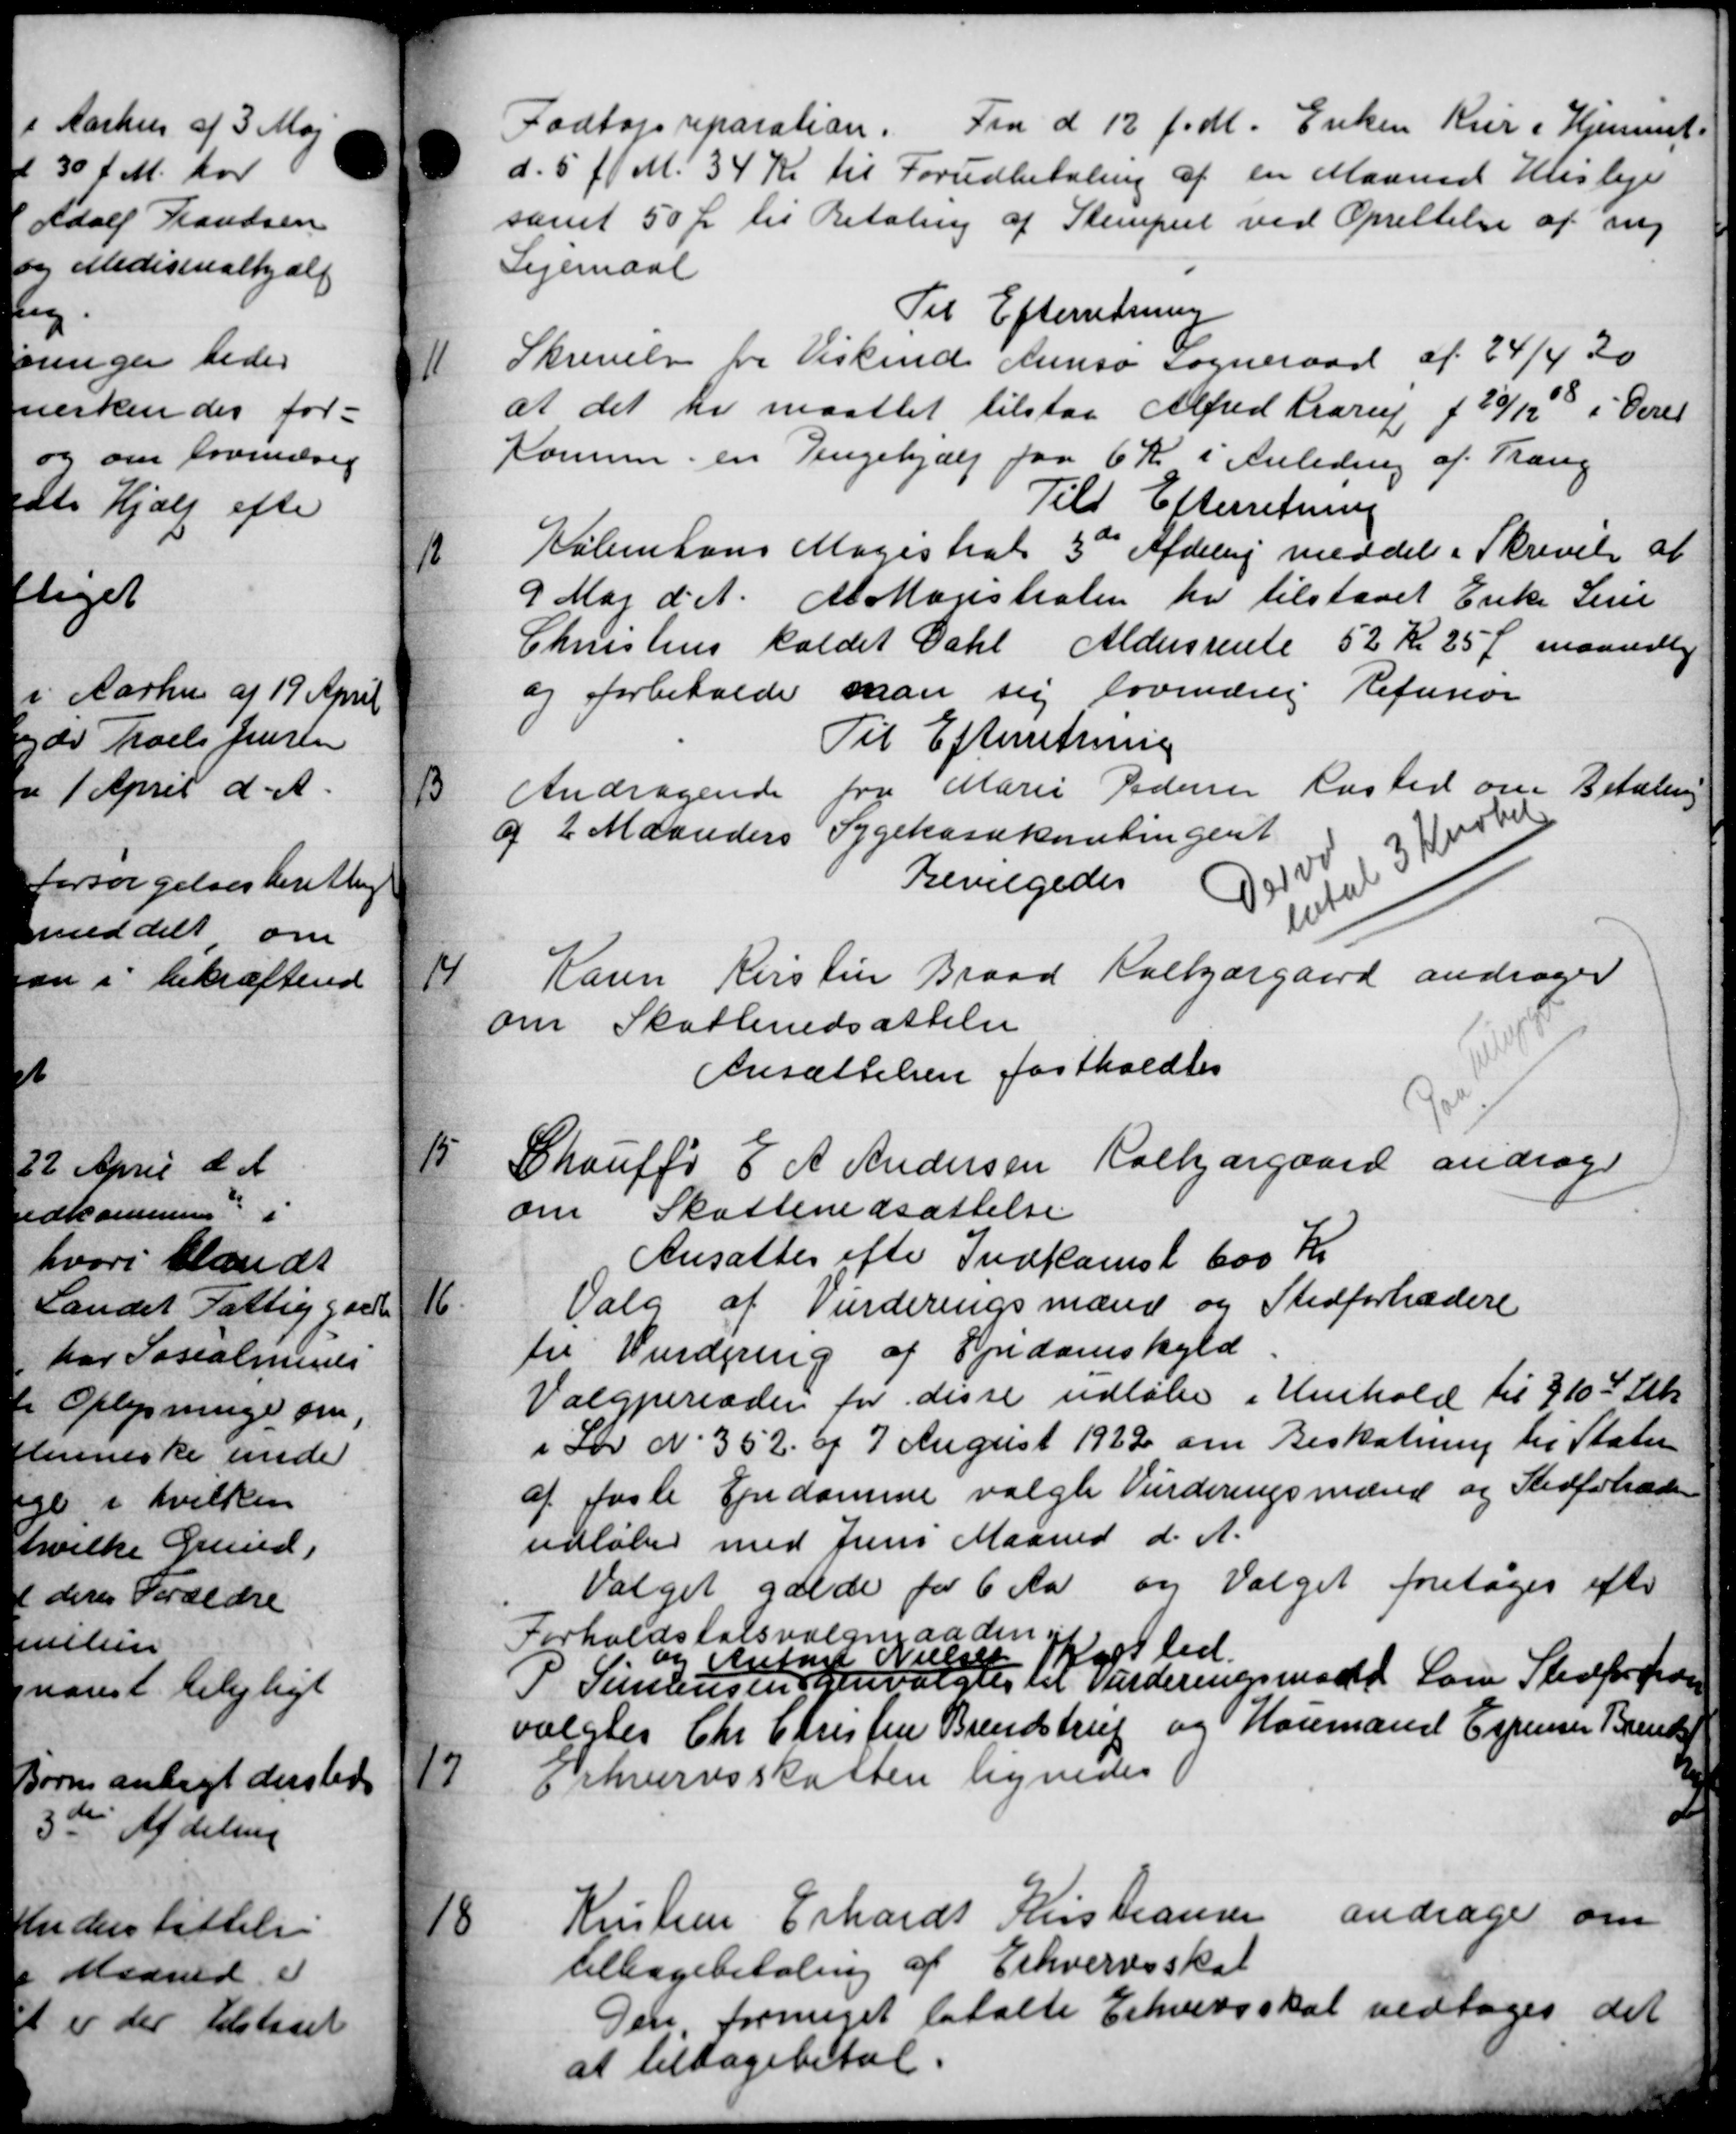
Transskription:
Fodtøjsreparation. Fra d 12 f. M. Enken Kur i Hjemmet
d. 5 f. M. 34 Kr til Forudbetaling af en Maaned Husleje
samt 50 Ør til Betaling af Stempeet ved Oprettelse af ny
Lejemaal
Til Efterretning
11
Skrivelse fra Viskeriet Kunsø Sogneraad af 24/4 30
at det her maattet tilstaa Alfred Krarup f 20/12 8 i Deres
Komune en Pengehjælp paa 6 Kr i Anledning af Trang
Til Efterretning
Købetons Magistrats 3de Afdeling meddele i Skrivelse af
12
9 Maj d. A. At Magistralen har tilstaaet Enke Serie
Christens kaldet Dahl Aldersrente 52 Kr 25 Ø maanedlig
og forbeholde man sig lovendvig Refusion
Til Efterretning
13
Andragende fra Marie Pedersen lasted om Betaling
af 2 Maanders Sygekassekontingent
Bevilgedes

14
Karen Kirstin Braad Kalbjærgaard andrager
om Skattenedsættelse
Ansættelsen fastholdtes

Chauff E A Andersen Ralkjærgaard andrage
om Skattenedsættelse
Ansattes efter Indkomst 600 Kr

Valg af Vurderingsmænd og Stedfortrædere
for Vurdering af Ejendomskyld
Valgperioden for disse udløbe i Henhold til §10 Stk.
i Lov No 352 af 7 August 1922 om Beskatning til Staten
af faste Ejendomme valgte Vurderingsmænd og Stedfortræde
udløber med Juni Maaned d. A.
Valget gælde for 6 Aar og Valget foretoges efter
Forholdstalsvælgeraaden i
P Sundensen
og Anton Nielsen Holsted
Genvalgtes en Vurderingsmøde Lov Stedforsiden
valgtes Chr. Christen Brendstrup og Konmand Espensen Brend

Erhvervsskatten lignedes

Kristine Erhards Kristiansen andrager om
tilbagebetaling af Erhvervsskat
Den formeget betalte Erhvervsskat vedtoges det
at tilbagebetal